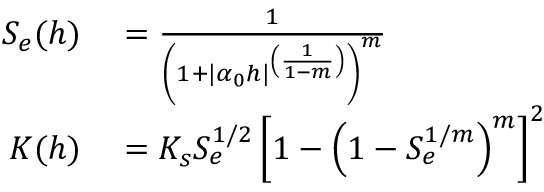
\begin{array} { r l } { S _ { e } ( h ) } & { { } = \frac { 1 } { \left( 1 + | \alpha _ { 0 } h | ^ { \left( \frac { 1 } { 1 - m } \right) } \right) ^ { m } } } \\ { K ( h ) } & { { } = K _ { s } S _ { e } ^ { 1 / 2 } \left[ 1 - \left( 1 - S _ { e } ^ { 1 / m } \right) ^ { m } \right] ^ { 2 } } \end{array}